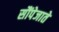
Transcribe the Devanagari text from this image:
सौंपेजाते